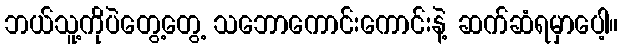
ဘယ်သူ့ကိုပဲတွေ့တွေ့ သဘောကောင်းကောင်းနဲ့ ဆက်ဆံရမှာပေါ့။